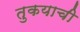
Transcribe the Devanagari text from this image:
तुकयाची